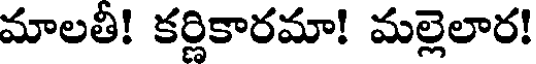
మాలతీ! కర్ణికారమా! మల్లెలార!